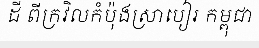
ដី ពីក្រវិលកំប៉ុងស្រាបៀរ កម្ពុជា